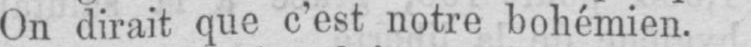
On dirait que c’est notre bohémien.